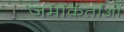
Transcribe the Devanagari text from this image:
जमाकर्तांओं